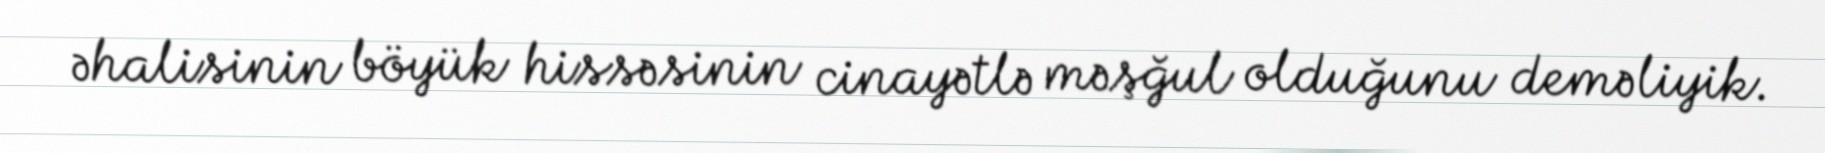
əhalisinin böyük hissəsinin cinayətlə məşğul olduğunu deməliyik.